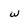
Character: w